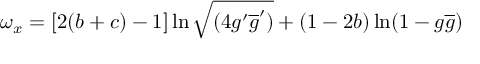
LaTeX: \omega _ { x } = [ 2 ( b + c ) - 1 ] \ln \sqrt { ( 4 g ^ { \prime } \overline { { { g } } } ^ { \prime } ) } + ( 1 - 2 b ) \ln ( 1 - g \overline { { { g } } } )